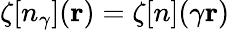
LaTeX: \zeta[n_{\gamma}]({\mathbf r})=\zeta[n](\gamma{\mathbf r})